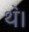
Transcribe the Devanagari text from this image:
थ॓।